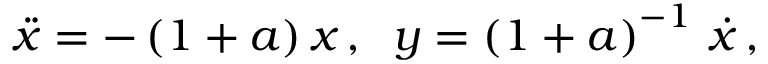
\ddot { x } = - \left( 1 + a \right) x \, , \; \; y = \left( 1 + a \right) ^ { - 1 } \, \dot { x } \, ,